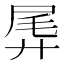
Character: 𫸛